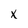
Character: x